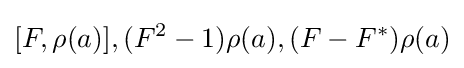
[F,\rho (a)],(F^{2}-1)\rho (a),(F-F^{*})\rho (a)